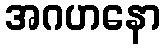
အဂဟနော